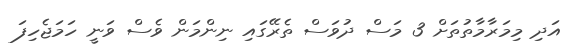
އަދި މިމަރާމާތުތަށް 3 މަސް ދުވަސް ތެރޭގައި ނިންމަން ވެސް ވަނީ ހަމަޖެހިފަ